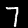
Label: 7